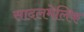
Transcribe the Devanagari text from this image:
सादलमेलिक